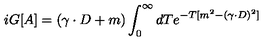
i G [ A ] = ( \gamma \cdot D + m ) \int _ { 0 } ^ { \infty } d T e ^ { - T [ m ^ { 2 } - ( \gamma \cdot D ) ^ { 2 } ] }